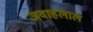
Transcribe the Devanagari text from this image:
जवाहलाल